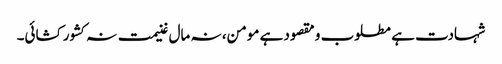
شہادت ہے مطلوب و مقصود ہے مومن، نہ مال غنیمت نہ کشور کشائی۔